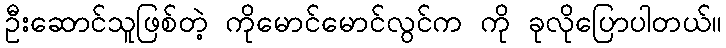
ဦးဆောင်သူဖြစ်တဲ့ ကိုမောင်မောင်လွင်က ကို ခုလိုပြောပါတယ်။